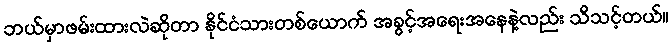
ဘယ်မှာဖမ်းထားလဲဆိုတာ နိုင်ငံသားတစ်ယောက် အခွင့်အရေးအနေနဲ့လည်း သိသင့်တယ်။